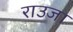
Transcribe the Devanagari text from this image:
राउजा